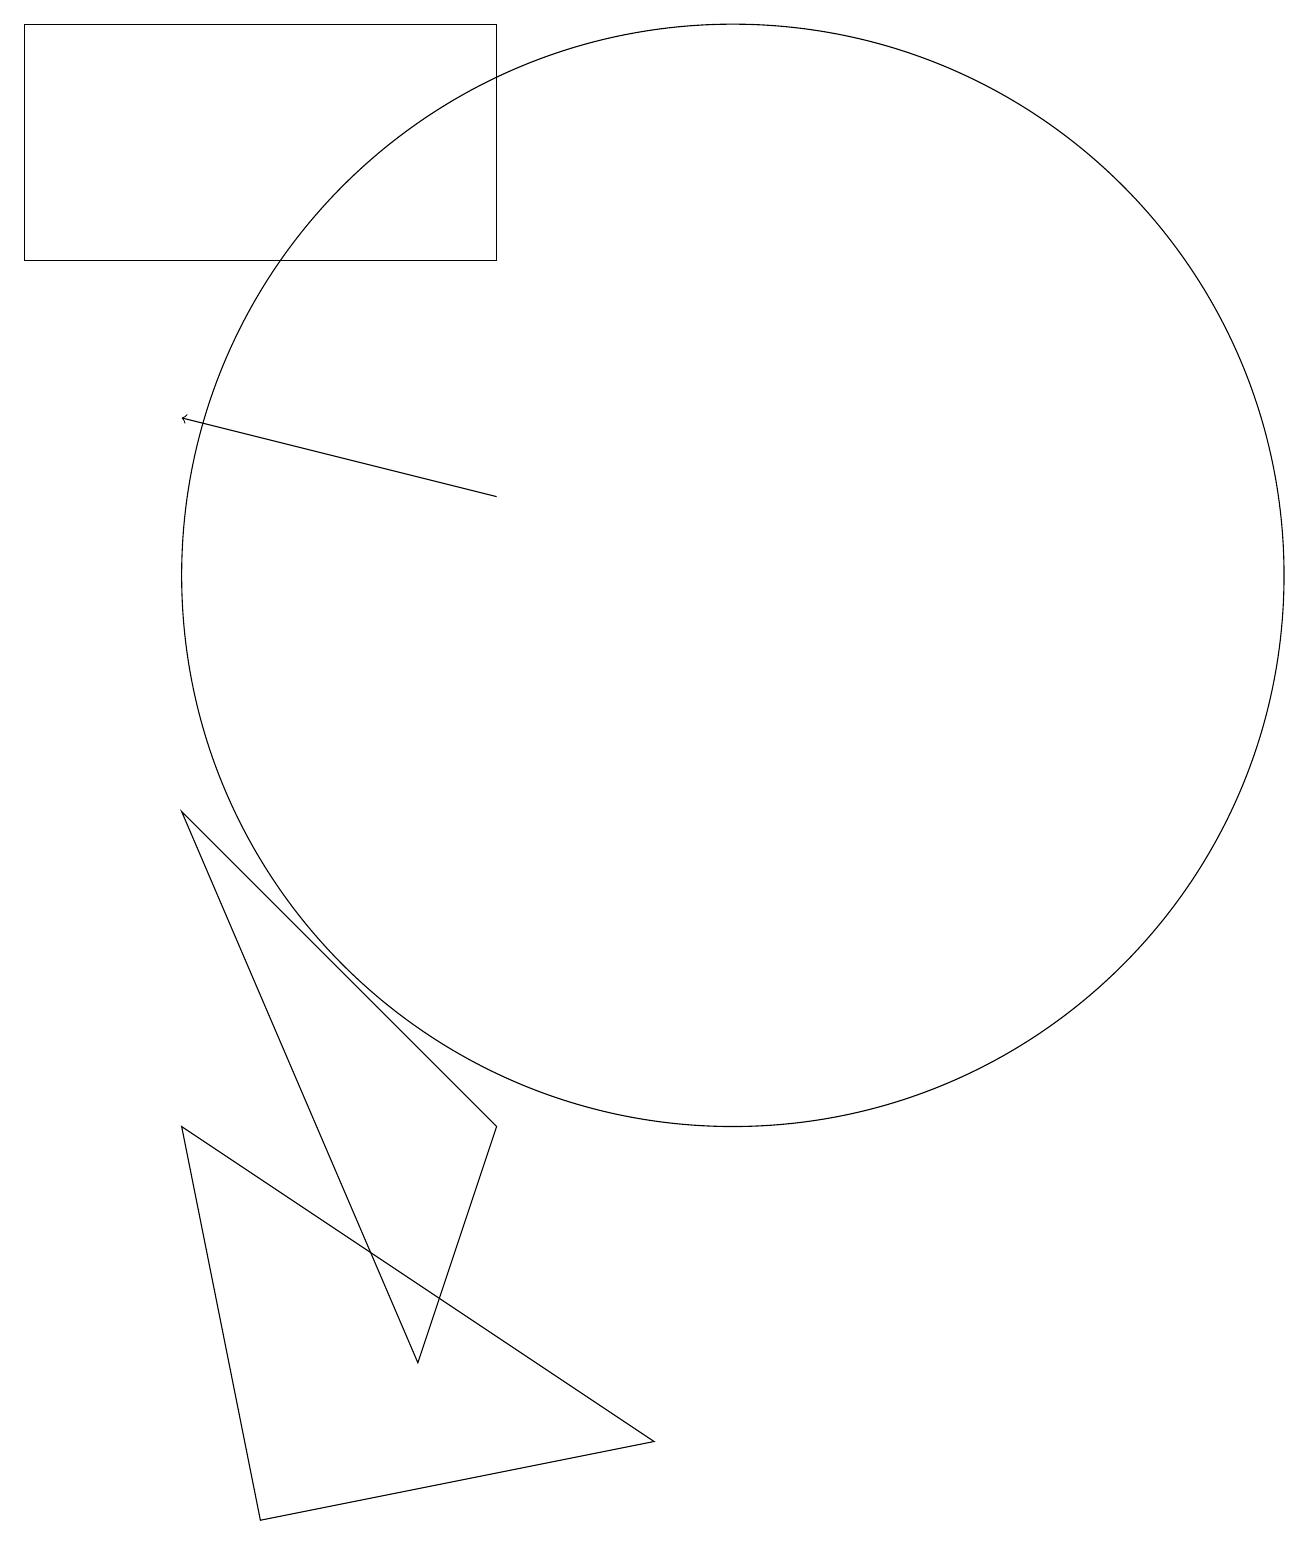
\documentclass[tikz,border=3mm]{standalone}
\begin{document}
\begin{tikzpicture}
\draw[->] (7,13) -- (3,14);
\draw (3,9) -- (7,5) -- (6,2) -- cycle;
\draw (7,16) rectangle (1,19);
\draw (3,5) -- (4,0) -- (9,1) -- cycle;
\draw (10,12) circle (7);
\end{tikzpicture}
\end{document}